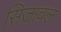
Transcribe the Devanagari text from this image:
सिजावल